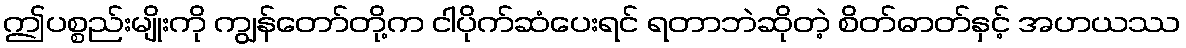
ဤပစ္စည်းမျိုးကို ကျွန်တော်တို့က ငါပိုက်ဆံပေးရင် ရတာဘဲဆိုတဲ့ စိတ်ဓာတ်နှင့် အဟယဿ